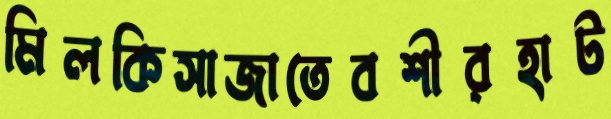
মিলকিসাজাতেবশীরহাট